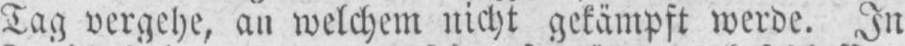
Tag vergehe, an welchem nicht gekämpft werde. In